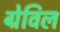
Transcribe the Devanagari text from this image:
ग्रेविल